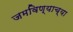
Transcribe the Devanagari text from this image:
जमविण्याच्या